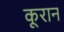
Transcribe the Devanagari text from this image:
कूरान